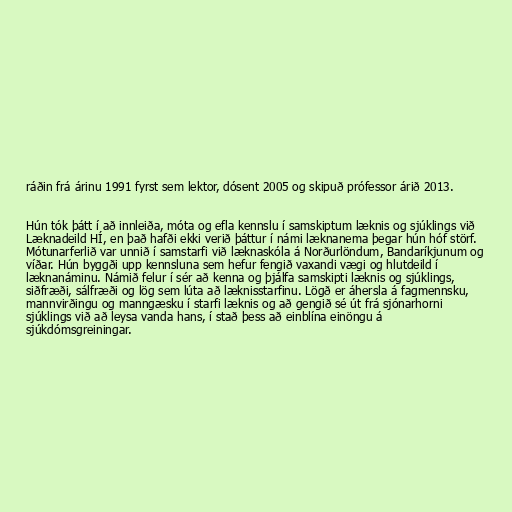
ráðin frá árinu 1991 fyrst sem lektor, dósent 2005 og skipuð prófessor árið 2013.

Hún tók þátt í að innleiða, móta og efla kennslu í samskiptum læknis og sjúklings við
Læknadeild HÍ, en það hafði ekki verið þáttur í námi læknanema þegar hún hóf störf.
Mótunarferlið var unnið í samstarfi við læknaskóla á Norðurlöndum, Bandaríkjunum og
víðar. Hún byggði upp kennsluna sem hefur fengið vaxandi vægi og hlutdeild í
læknanáminu. Námið felur í sér að kenna og þjálfa samskipti læknis og sjúklings,
siðfræði, sálfræði og lög sem lúta að læknisstarfinu. Lögð er áhersla á fagmennsku,
mannvirðingu og manngæsku í starfi læknis og að gengið sé út frá sjónarhorni
sjúklings við að leysa vanda hans, í stað þess að einblína einöngu á
sjúkdómsgreiningar.